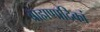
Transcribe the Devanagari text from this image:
ब्राह्मणादिकां